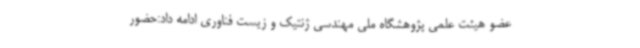
عضو هیئت علمی پژوهشگاه ملی مهندسی ژنتیک و زیست فناوری ادامه داد:حضور